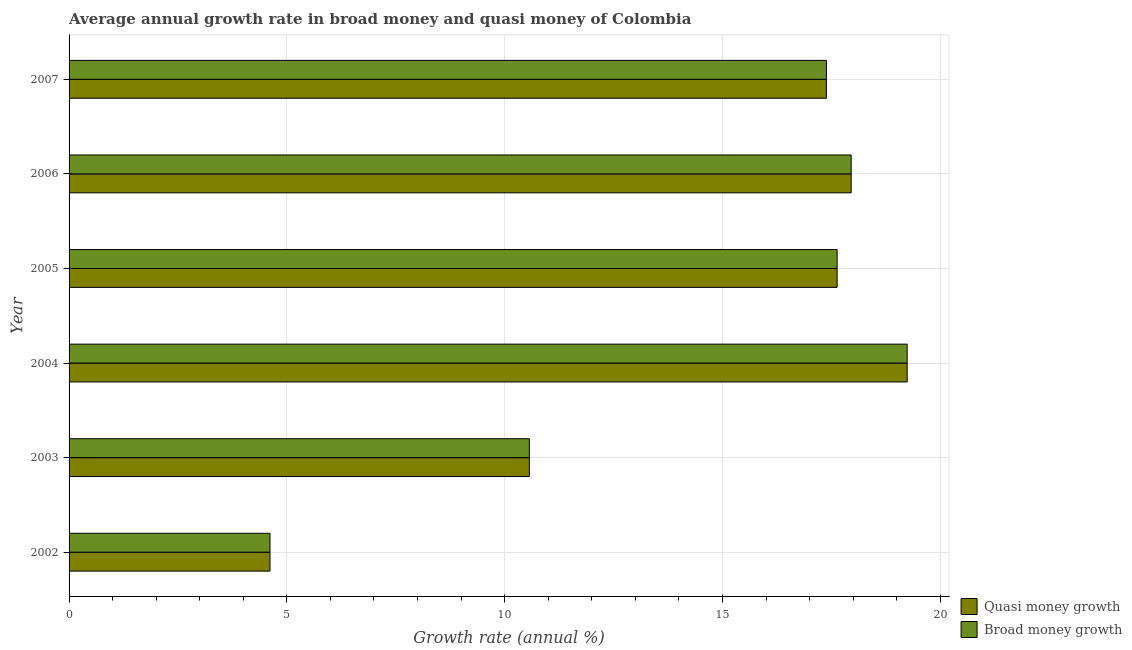
| Year | Quasi money growth | Broad money growth |
 | --- | --- | --- |
 | 2002 | 4.61 | 4.61 |
 | 2003 | 10.6 | 10.6 |
 | 2004 | 19.2 | 19.2 |
 | 2005 | 17.6 | 17.6 |
 | 2006 | 18 | 18 |
 | 2007 | 17.4 | 17.4 |